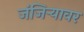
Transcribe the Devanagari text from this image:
जंजिऱ्यावर